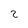
Character: 2